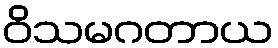
ဝိသမဂတာယ